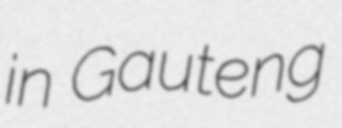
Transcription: in Gauteng